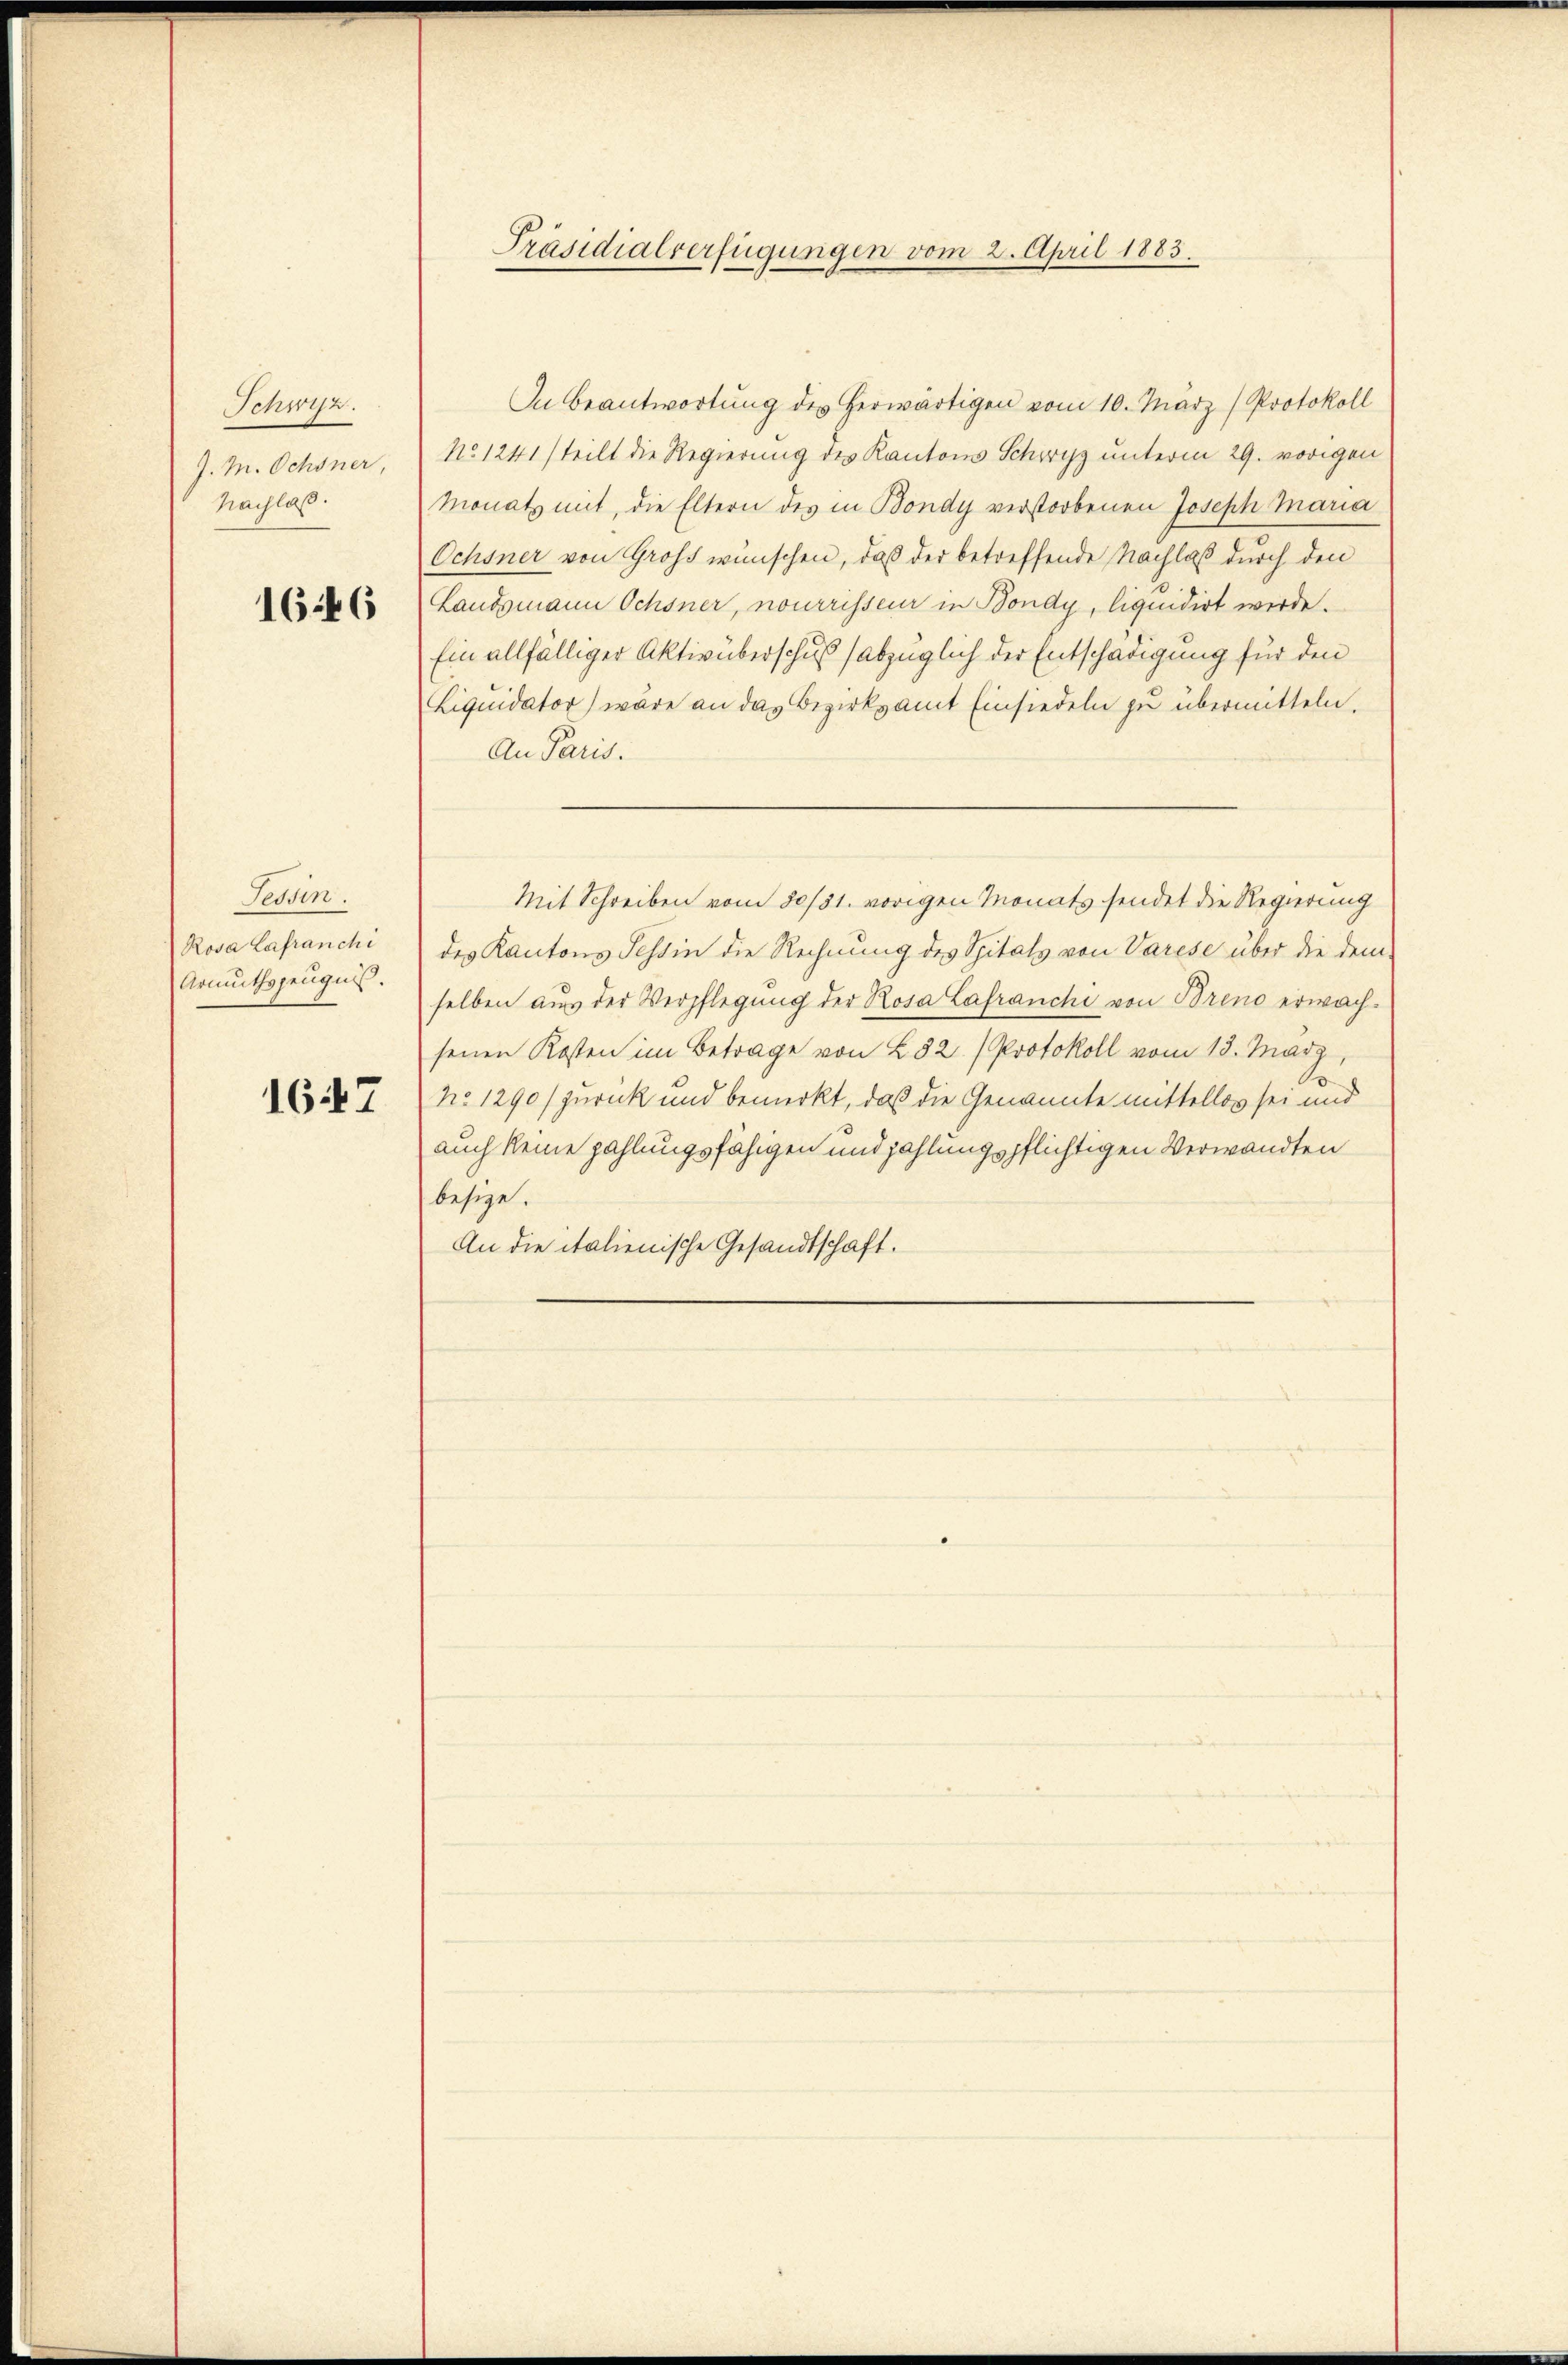
Schwyz.
J. M. Ochsner,
Nachlaß.

1646

Tessin.
Rosa Lafranchi
Armuthszeugnis.

1647

Präsidialverfügungen vom 2. April 1883.

In Beantwortung des herwärtigen vom 10. März (Protokoll
No. 1241 (teilt die Regierung des Kantons Schwyz unterm 29. vorigen
Monatz mit, die Eltern des in Bondy verstorbenen Joseph Maria
Ochsner von Gros wünschen, daß der betreffende Nachlaß durch den
Landsmann Ochsner, nourrisseur in Bondy, liquidirt werde.
Ein allfälliger Aktivüberschuß (abzüglich der Entschädigung für den
Liquidator) wäre an das Bezirksamt Einsiedeln zu übermitteln.
An Paris.
Mit Schreiben vom 30/31. vorigen Monats sendet die Regierung
des Kantons Tessin die Rechnung des Spitals von Varese über die demselben aus der Verpflegung der Rosa Lafranchi von Brend erwachsenen Kosten im Betrage von 282 (Protokoll vom 13. März
No 1290/ zurück und bemerkt, daß die Genannte mittellos sei und
auch keine zahlungsfähigen und zahlungspflichtigen Verwandten
besize.
An die italienische Gesandtschaft.